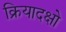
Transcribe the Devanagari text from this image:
क्रियादक्षो